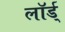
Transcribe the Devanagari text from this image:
लॉर्ड्